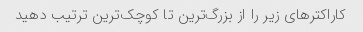
کاراکترهای زیر را از بزرگ‌ترین تا کوچک‌ترین ترتیب دهید